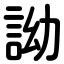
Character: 詏